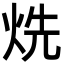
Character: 烍